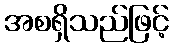
အစရှိသည်ဖြင့်